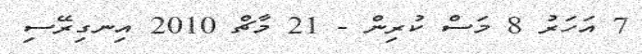
7 އަހަރު 8 މަސް ކުރިން - 21 މާޗް 2010 އިނގިރޭސި